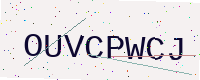
Text: OUVCPWCJ